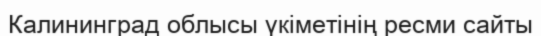
Калининград облысы үкіметінің ресми сайты